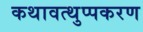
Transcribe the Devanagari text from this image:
कथावत्थुप्पकरण